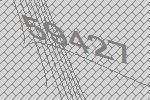
59427